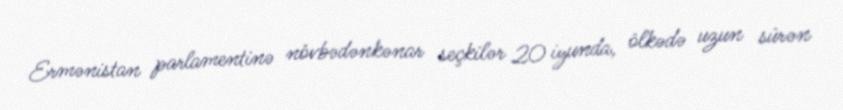
Ermənistan parlamentinə növbədənkənar seçkilər 20 iyunda, ölkədə uzun sürən